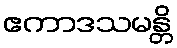
ဧကာဒသမန္တိ